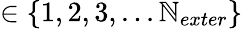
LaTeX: \in\{ 1,2,3,...\mathbb{N}_{exter}\}